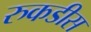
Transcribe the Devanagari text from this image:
रुकडीस